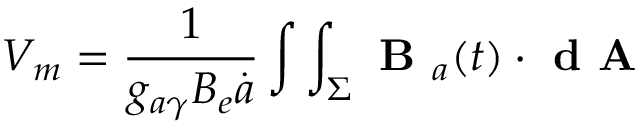
{ V _ { m } = \frac { 1 } { g _ { a \gamma } B _ { e } \overset { . } { a } } \int \int _ { \Sigma } \textbf { B } _ { a } ( t ) \cdot \textbf { d A } }